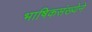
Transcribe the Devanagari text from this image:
भाषिकसंख्येने